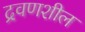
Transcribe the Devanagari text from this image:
द्रवणशील